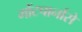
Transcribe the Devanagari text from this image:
मोंटपार्नासे